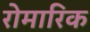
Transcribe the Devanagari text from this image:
रोमारिक